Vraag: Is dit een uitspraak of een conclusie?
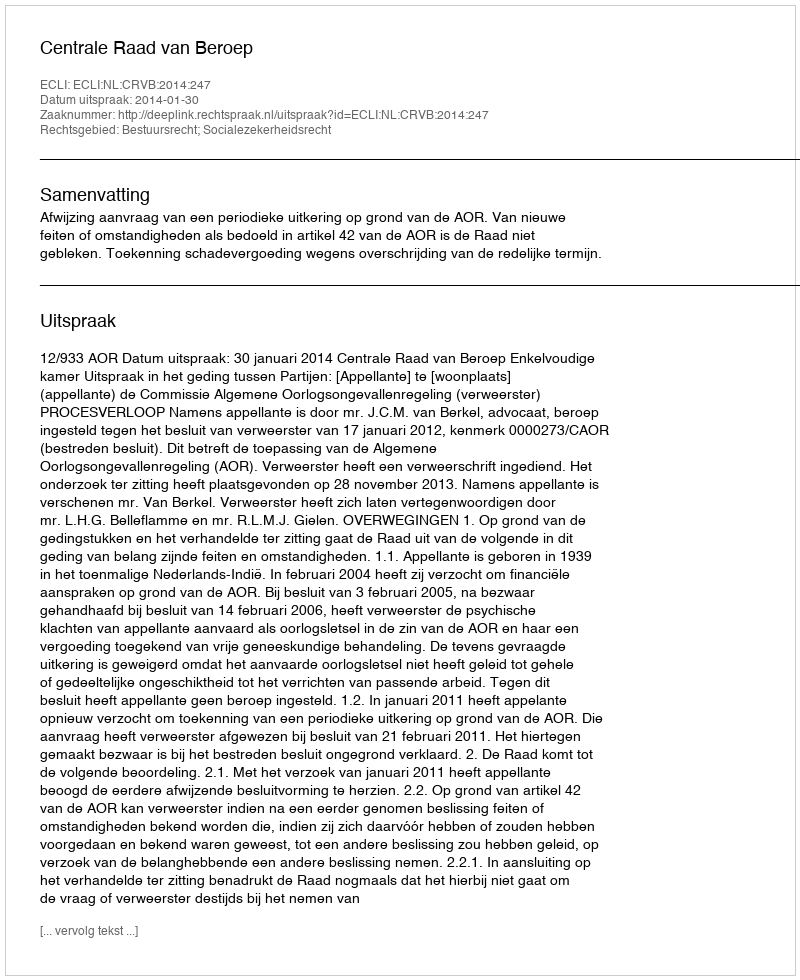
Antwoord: Uitspraak